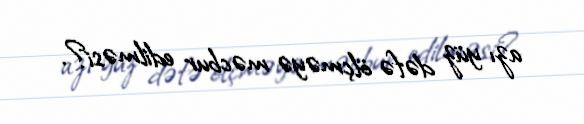
azı yüz dəfə ölçməyə məcbur edilməsi?.